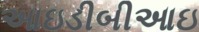
આઇડીબીઆઇ